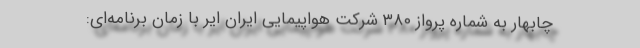
چابهار به شماره پرواز ۳۸۰ شرکت هواپیمایی ایران ایر با زمان برنامه‌ای: